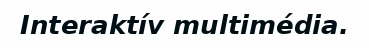
Interaktív multimédia.